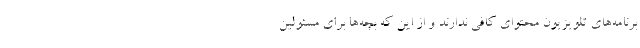
برنامه‌های تلویزیون محتوای کافی ندارند و از این که بچه‌ها برای مسئولین